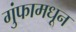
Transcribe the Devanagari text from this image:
गुंफामधून